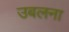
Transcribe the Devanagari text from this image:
उबलना